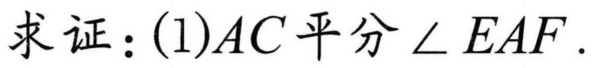
求证：(1)\(AC\)平分\(\angle EAF\).